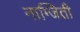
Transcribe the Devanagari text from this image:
नाग्जिती